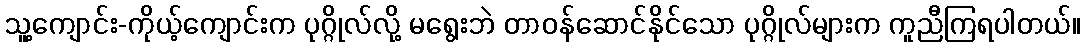
သူ့ကျောင်း-ကိုယ့်ကျောင်းက ပုဂ္ဂိုလ်လို့ မရွေးဘဲ တာဝန်ဆောင်နိုင်သော ပုဂ္ဂိုလ်များက ကူညီကြရပါတယ်။